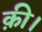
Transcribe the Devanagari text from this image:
क़ी।